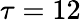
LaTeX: \tau=12